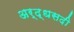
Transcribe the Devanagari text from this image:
अर्द्धसदी